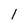
Character: 1